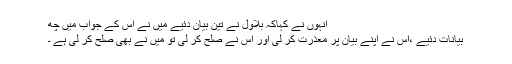
انہوں نے کہاکہ بلاول نے تین بیان دئیے میں نے اس کے جواب میں چھ
بیانات دئیے ،اس نے اپنے بیان پر معذرت کر لی اور اس نے صلح کر لی تو میں نے بھی صلح کر لی ہے ۔